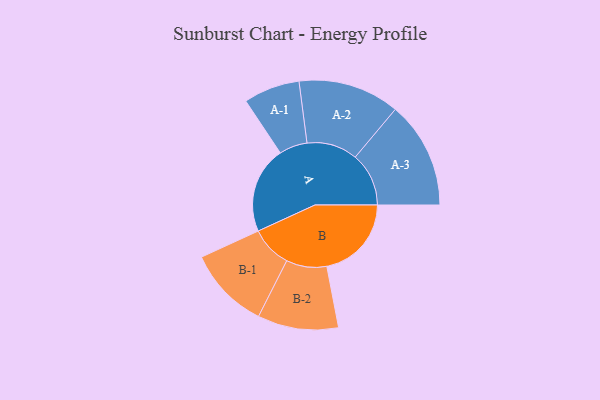
{"axis": {"x": "Segment", "y": "Value"}, "legend": ["", "A", "B"], "data": [{"x": "A", "y": 345, "type": ""}, {"x": "B", "y": 337, "type": ""}, {"x": "A-1", "y": 112, "type": "A"}, {"x": "A-2", "y": 202, "type": "A"}, {"x": "A-3", "y": 213, "type": "A"}, {"x": "B-1", "y": 164, "type": "B"}, {"x": "B-2", "y": 161, "type": "B"}]}